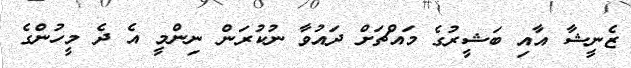
ޒެނީޝާ އާއި ބަޝީރުގެ މައްޗަށް ދައުވާ ނުކުރަން ނިންމީ އެ ދެ މީހުންގެ